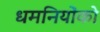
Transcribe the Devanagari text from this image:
धमनियोंको